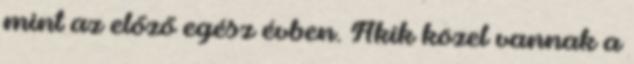
mint az előző egész évben. Akik közel vannak a